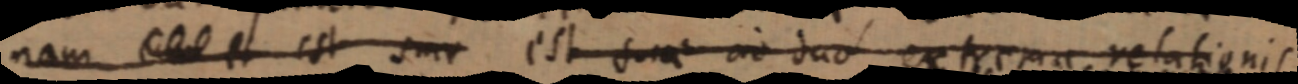
nam _ et est suae est suae _ duo extrema relationis